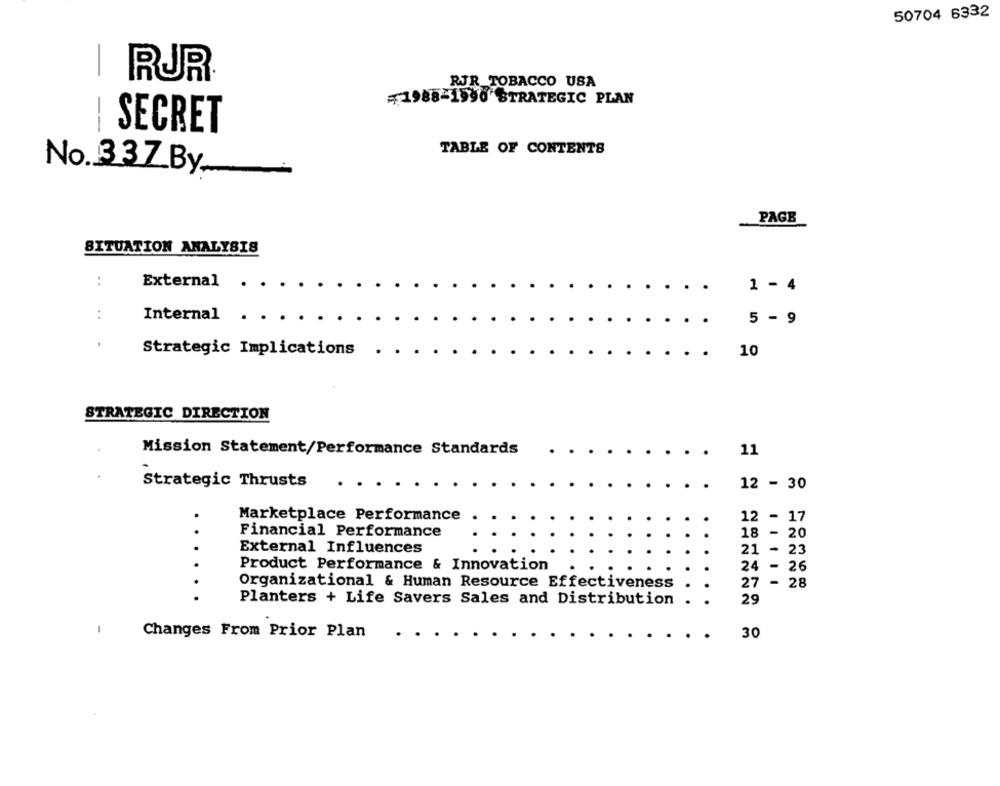
50704 6332
I RUR
RJR TOBACCO USA
=1988-1990 STRATEGIC PLAN
--
SECRET
TABLE OF CONTENTS
No. 337 By
PAGE
SITUATION ANALYSIS
. .
External
.
1 - 4
:
Internal
5 - 9
Strategic Implications
10
STRATEGIC DIRECTION
Mission Statement/Performance Standards
11
Strategic Thrusts
12 - 30
Marketplace Performance
12
- 17
Financial Performance
18 - 20
External Influences
21 - 23
Product Performance & Innovation
24 - 26
27 - 28
Organizational & Human Resource Effectiveness
Planters + Life Savers Sales and Distribution
29
Changes From Prior Plan
30